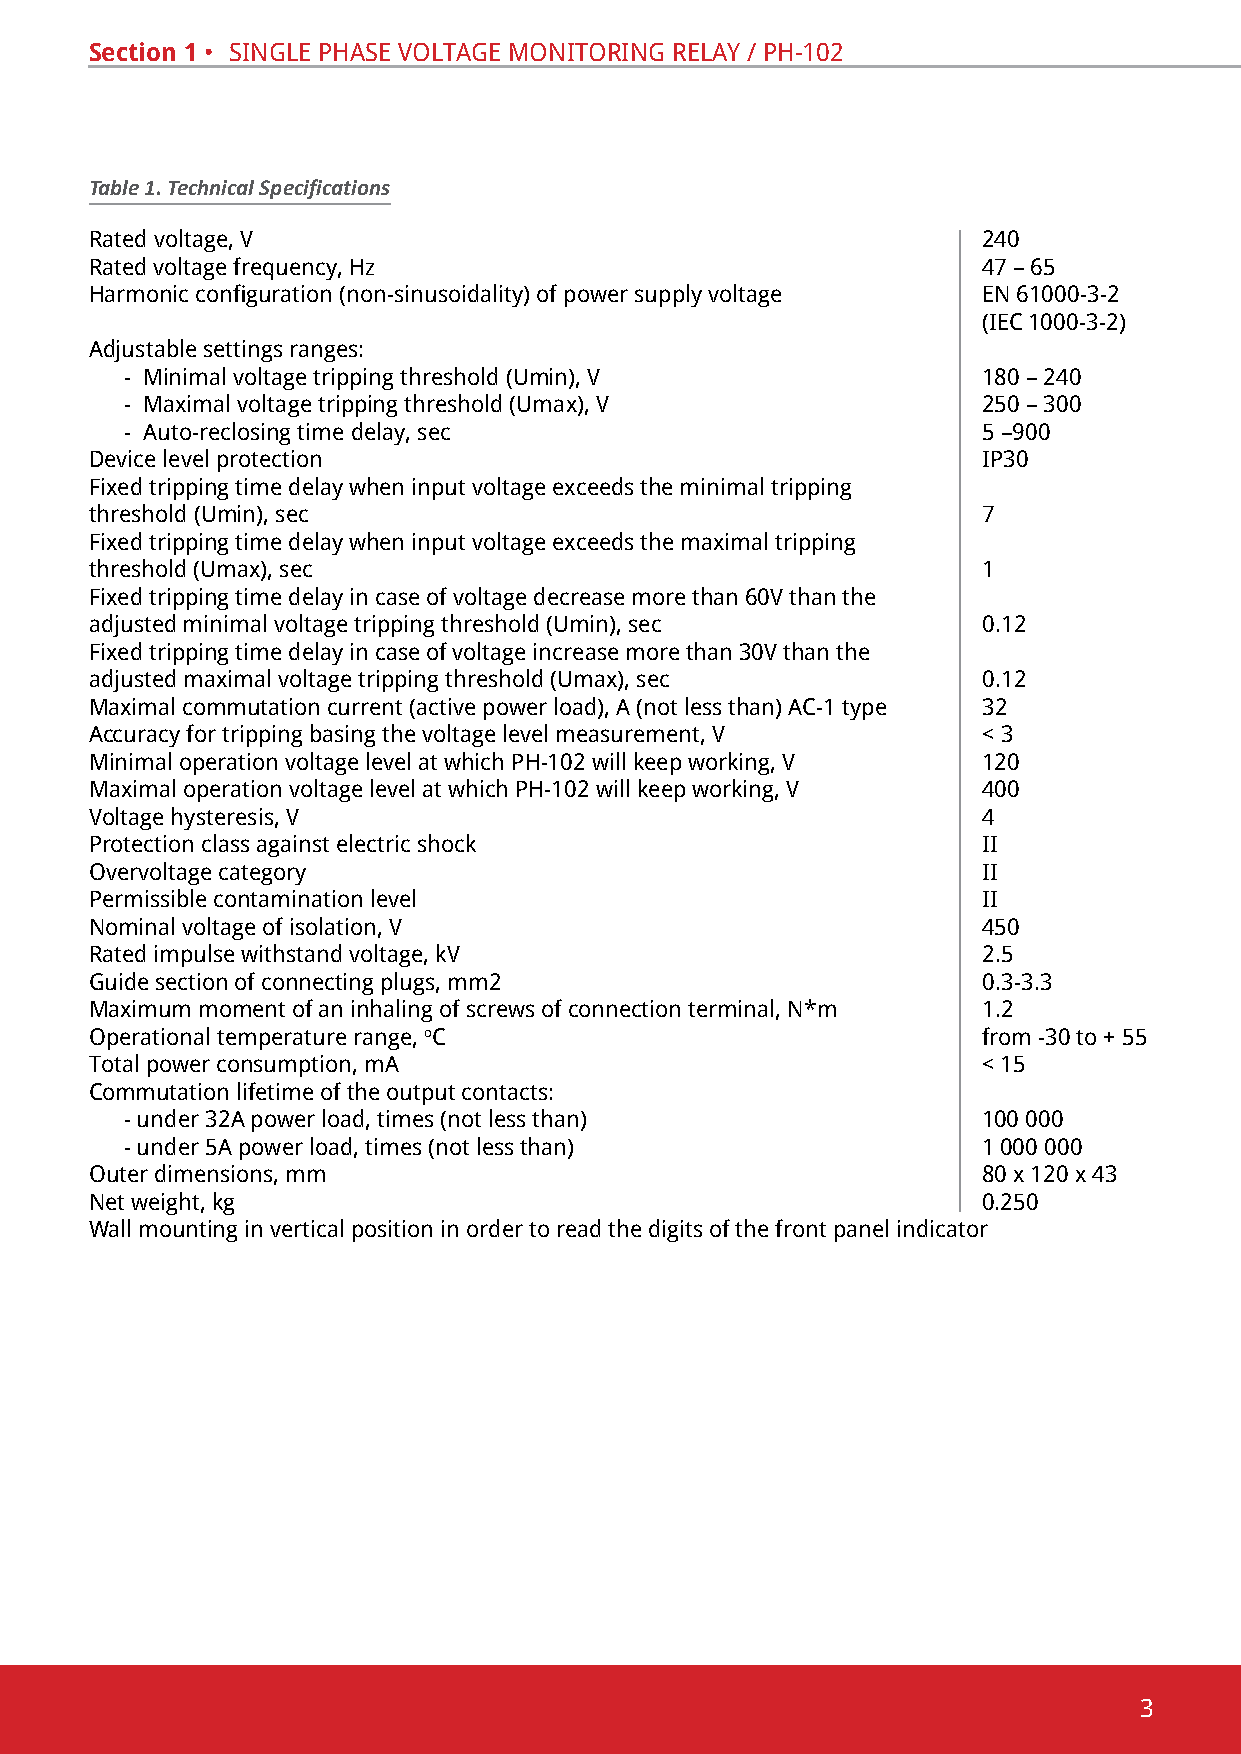
Section 1 • sinGle phase voltaGe monitoRinG RelaY / ph-102
 Table 1. Technical Specifications
 Rated voltage, v                                           240
 Rated voltage frequency, hz                                47 – 65
 Harmonic configuration (non-sinusoidality) of power supply voltage en 61000-3-2
 (iec 1000-3-2)
 adjustable settings ranges:
 - minimal voltage tripping threshold (umin), v           180 – 240
 - Maximal voltage tripping threshold (Umax), V           250 – 300
 - auto-reclosing time delay, sec                         5 –900
 device level protection                                    ip30
 Fixed tripping time delay when input voltage exceeds the minimal tripping
 threshold (umin), sec                                      7
 Fixed tripping time delay when input voltage exceeds the maximal tripping
 threshold (Umax), sec                                      1
 Fixed tripping time delay in case of voltage decrease more than 60V than the
 adjusted minimal voltage tripping threshold (umin), sec    0.12
 Fixed tripping time delay in case of voltage increase more than 30V than the
 adjusted maximal voltage tripping threshold (Umax), sec    0.12
 Maximal commutation current (active power load), A (not less than) AC-1 type 32
 accuracy for tripping basing the voltage level measurement, v < 3
 minimal operation voltage level at which ph-102 will keep working, v 120
 Maximal operation voltage level at which PH-102 will keep working, V 400
 voltage hysteresis, v                                      4
 protection class against electric shock                    ii
 overvoltage category                                       ii
 permissible contamination level                            ii
 nominal voltage of isolation, v                            450
 Rated impulse withstand voltage, kv                        2.5
 Guide section of connecting plugs, mm2                     0.3-3.3
 Maximum moment of an inhaling of screws of connection terminal, N*m 1.2
 operational temperature range, oС                          from -30 to + 55
 total power consumption, ma                                < 15
 commutation lifetime of the output contacts:
 - under 32a power load, times (not less than)            100 000
 - under 5a power load, times (not less than)             1 000 000
 outer dimensions, mm                                       80 х 120 х 43
 net weight, kg                                             0.250
 Wall mounting in vertical position in order to read the digits of the front panel indicator
 3